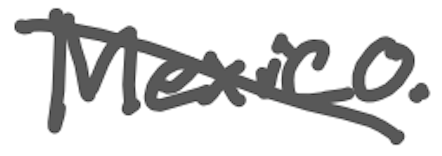
Text: Mexico.
Cross-out: diagonal
Writing tool: digital_gray